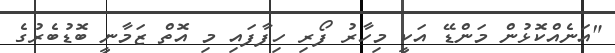
"އަނެއްކޮޅުން މަންޑޭ އަކީ މިހާރު ފޯރި ހިފާފައި މި އޮތް ޒަމާނީ ބޮޑުބެރުގެ